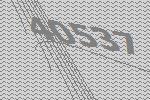
40537